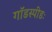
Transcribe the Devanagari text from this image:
गॉडस्पीडः